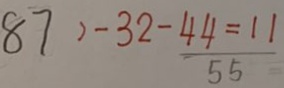
8 7 - 3 2 - 4 4 = 1 1